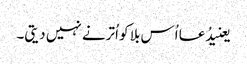
یعنیدُعا اُس بلا کو اُترنے نہیں دیتی۔